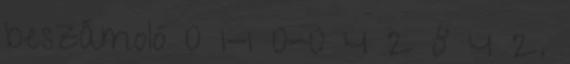
beszámoló 0 1-1 0-0 4 2 8 4 2.